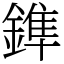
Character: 鎨